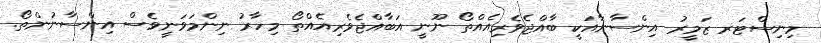
މިނިސްޓަރ ޒަމީރު އިންސާނާއަކީ ބާއްޖެވެރިއެއްތޯ ނޫނީ އަބާއްޖެވެރިއެއްތޯ މިހާރު ނިންމަވަނީވެސް އިންސާނުންތޯ.